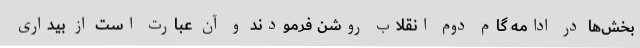
بخش‌ها در ادامه گام دوم انقلاب روشن فرمودند و آن عبارت است از بیداری